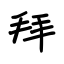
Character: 拜